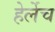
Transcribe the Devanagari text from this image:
हेर्लेच